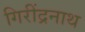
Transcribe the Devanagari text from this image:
गिरींद्रनाथ